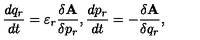
{ \frac { d { q _ { r } } } { d t } } = \varepsilon _ { r } { \frac { \delta { \bf A } } { \delta p _ { r } } } , { \frac { d { p _ { r } } } { d t } } = - { \frac { \delta { \bf A } } { \delta q _ { r } } } ,